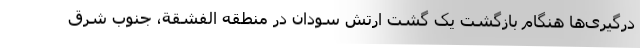
درگیری‌ها هنگام بازگشت یک گشت ارتش سودان در منطقه الفشقة، جنوب شرق